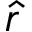
\hat { r }